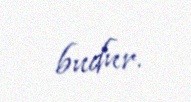
budur.